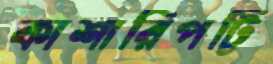
কাশারিপট্টি